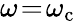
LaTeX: \omega\! =\! \omega_{\mathrm{c}}